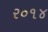
ર૦૧૪